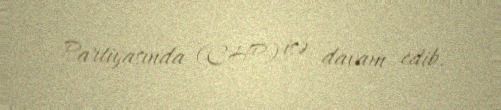
Partiyasında (CHP) isə davam edib.